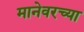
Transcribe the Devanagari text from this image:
मानेवरच्या